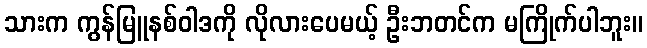
သားက ကွန်မြူနစ်ဝါဒကို လိုလားပေမယ့် ဦးဘတင်က မကြိုက်ပါဘူး။